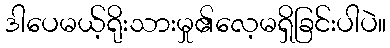
ဒါပေမယ့်ရိုးသားမှု၏လေ့မရှိခြင်းပါပဲ။